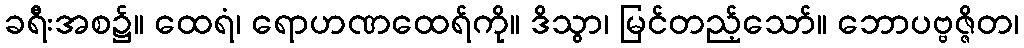
ခရီးအစ၌။ ထေရံ၊ ရောဟဏထေရ်ကို။ ဒိသွာ၊ မြင်တည့်သော်။ ဘောပဗ္ဗဇ္ဇိတ၊